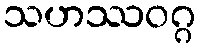
သဟဿဝဂ္ဂ